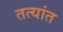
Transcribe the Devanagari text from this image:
तत्यांत